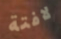
لافتة